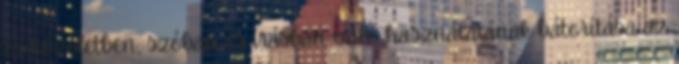
és közéletben, szóban és írásban való használatának bátorítása az